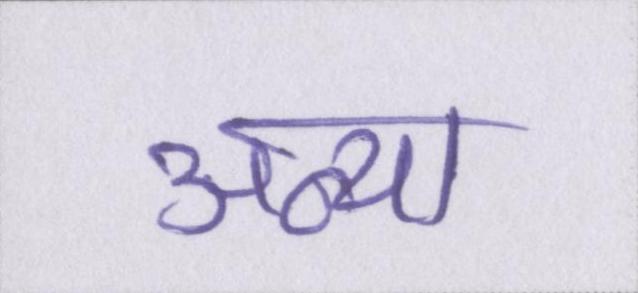
अन्या